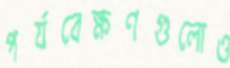
পর্যবেক্ষণগুলোও